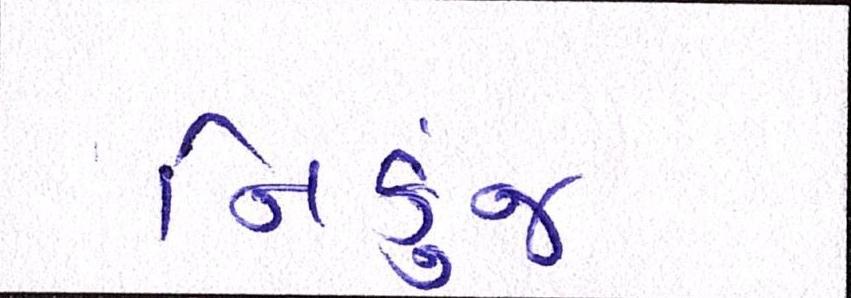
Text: નિકુંજ